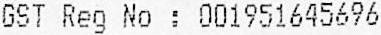
GST REG NO : 001951645696